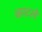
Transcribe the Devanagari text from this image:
व्हाटले